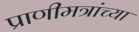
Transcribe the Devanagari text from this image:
प्राणीमत्रांच्या